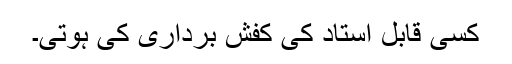
کسی قابل استاد کی کفش برداری کی ہوتی۔